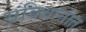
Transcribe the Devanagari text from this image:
संविधानांत